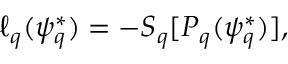
\ell _ { q } ( \psi _ { q } ^ { * } ) = - S _ { q } [ P _ { q } ( \psi _ { q } ^ { * } ) ] ,